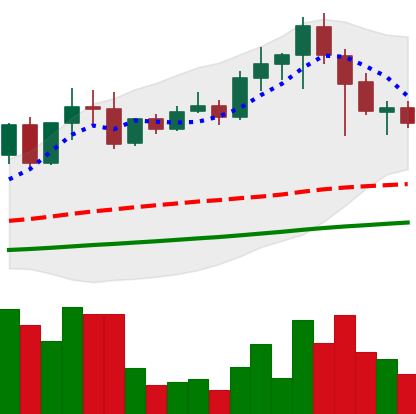
Ticker: EOS-USD
Chart end date: 2021-04-21
Forward return: -7.746%
Label: down_7plus